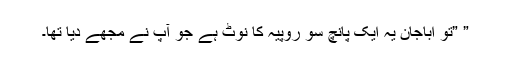
” ”تو اباجان یہ ایک پانچ سو روپیہ کا نوٹ ہے جو آپ نے مجھے دیا تھا۔